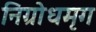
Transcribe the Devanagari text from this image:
निग्रोधमृग